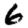
Digit: 6